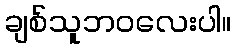
ချစ်သူဘဝလေးပါ။